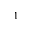
^ { 1 }